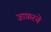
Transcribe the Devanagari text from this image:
ज़ाफ़रचे